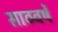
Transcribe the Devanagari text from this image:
साठवर्षे